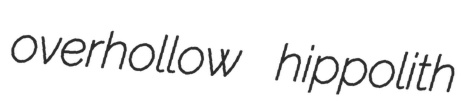
overhollow hippolith